Sketch of the medical history of the native army of Bombay, for the year
Year: 1872
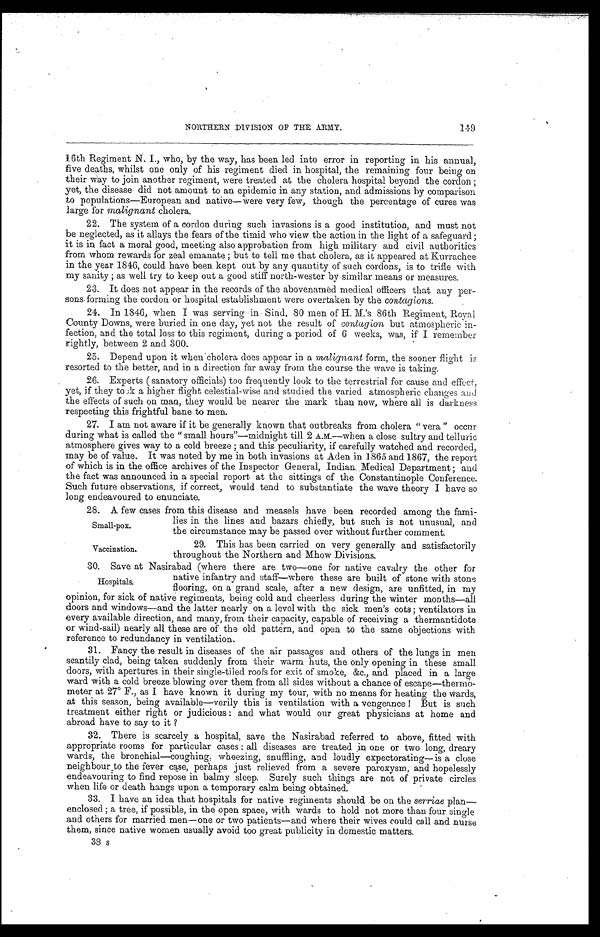
149
NORTHERN DIVISION OF THE ARMY.
16th Regiment N. I., who, by the way, has been led into error in reporting in his annual,
five deaths, whilst one only of his regiment died in hospital, the remaining four being on
their way to join another regiment, were treated at the cholera hospital beyond the cordon ;
yet, the disease did not amount to an epidemic in any station, and admissions by comparison
to populations—European and native—were very few, though the percentage of cures was
large for m alignant cholera.
22.
The system of a cordon during such invasions is a good institution, and must not
be neglected, as it allays the fears of the timid who view the action in the light of a safeguard ;
it is in fact a moral good, meeting also approbation from high military and civil authorities
from whom rewards for zeal emanate ; but to tell me that cholera, as it appeared at Kurrachee
in the year 1846, could have been kept out by any quantity of such cordons, is to trifle with
my sanity ; as well try to keep out a good stiff north-wester by similar means or measures.
23.
It does not appear in the records of the abovenamed medical officers that any per-
sons forming the cordon or hospital establishment were overtaken by the contagions.
24.
In 1846, when I was serving in Sind, 80 men of H. M.'s 86th Regiment, Royal
County Downs, were buried in one day, yet not the result of contagion but atmospheric in-
fection, and the total loss to this regiment, during a period of 6 weeks, was, if I remember
rightly, between 2 and 300.
25.
Depend upon it when cholera does appear in a malignant form, the sooner flight is
resorted to the better, and in a direction far away from the course the wave is taking.
26.
Experts ( sanatory officials) too frequently look to the terrestrial for cause and effect,
yet, if they took a higher flight celestial-wise and studied the varied atmospheric changes and
the effects of such on man, they would be nearer the mark than now, where all is dankness
respecting this frightful bane to men.
27.
I am not aware if it be generally known that outbreaks from cholera " vera " occur
during what is called the " small hours"—midnight till 2 A.M.—when a close sultry and telluric
atmosphere gives way to a cold breeze ; and this peculiarity, if carefully watched and recorded,
may be of value. It was noted by me in both invasions at Aden in 1865 and 1867, the report
of which is in the office archives of the Inspector General, Indian Medical Department ; and
the fact was announced in a special report at the sittings of the Constantinople Conference.
Such future observations, if correct, would tend to substantiate the wave theory I have so
long endeavoured to enunciate.
28.
A few cases from this disease and measels have been recorded among the fami-
lies in the lines and bazars chiefly, but such is not unusual, and
the circumstance may be passed over without further comment.
Small-pox.
Vaccination.
29. This has been carried on very generally and satisfactorily
throughout the Northern and Mhow Divisions.
30. Save at Nasirabad (where there are two—one for native cavalry the other for
Hospitals.
native infantry and staff—where these are built of stone with stone
flooring, on a grand scale, after a new design, are unfitted, in my
opinion, for sick of native regiments, being cold and cheerless during the winter months—all
doors and windows—and the latter nearly on a level with the sick men's cots ; ventilators in
every available direction, and many, from their capacity, capable of receiving a thermantidote
or wind-sail) nearly all these are of the old pattern, and open to the same objections with
reference to redundancy in ventilation.
31.
Fancy the result in diseases of the air passages and others of the lungs in men
scantily clad, being taken suddenly from their warm huts, the only opening in these small
doors, with apertures in their single-tiled roofs for exit of smoke, &c., and placed in a large
ward with a cold breeze blowing over them from all sides without a chance of escape—thermo-
meter at 27˚ F., as I have known it during my tour, with no means for heating the wards,
at this season, being available—verily this is ventilation with a vengeance ! But is such
treatment either right or judicious : and what would our great physicians at home and
abroad have to say to it ?
32.
There is scarcely a hospital, save the Nasirabad referred to above, fitted with
appropriate rooms for particular cases : all diseases are treated in one or two long, dreary
wards, the bronchial—coughing wheezing, snuffling, and loudly expectorating—is a close
neighbour to the fever case, perhaps just relieved from a severe paroxysm, and hopelessly
endeavouring to find repose in balmy sleep. Surely such things are not of private circles
when life or death hangs upon a temporary calm being obtained.
33.
I have an idea that hospitals for native regiments should be on the serriae plan—
enclosed ; a tree, if possible, in the open space, with wards to hold not more than four single
and others for married men—one or two patients—and where their wives could call and nurse
them, since native women usually avoid too great publicity in domestic matters.
38 s